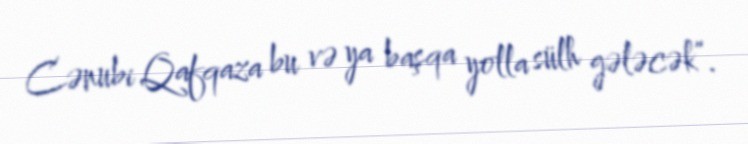
Cənubi Qafqaza bu və ya başqa yolla sülh gələcək”.